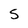
Character: S